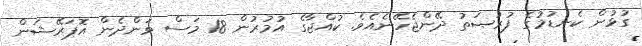
ގުޅުން ކެނޑުމުގެ ފުރުޞަތު ދޭންޖެހޭނެއެވެ. ކުއްޖާގެ އުމުރުން 18 މަސް ވަންދެން އޮޕަރޭޝަން